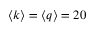
\langle k \rangle = \langle q \rangle = 2 0